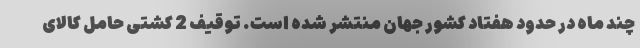
چند ماه در حدود هفتاد کشور جهان منتشر شده است. توقیف 2 کشتی حامل کالای